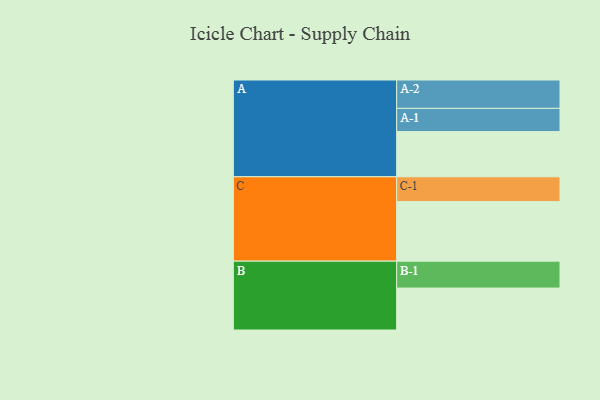
{"axis": {"x": "Segment", "y": "Value"}, "legend": ["", "A", "B", "C"], "data": [{"x": "A", "y": 346, "type": ""}, {"x": "B", "y": 321, "type": ""}, {"x": "C", "y": 456, "type": ""}, {"x": "A-1", "y": 178, "type": "A"}, {"x": "A-2", "y": 217, "type": "A"}, {"x": "B-1", "y": 206, "type": "B"}, {"x": "C-1", "y": 190, "type": "C"}]}